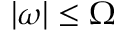
| \omega | \le \Omega